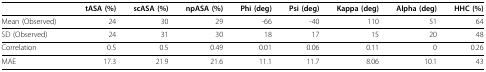
<table><thead><tr><td></td><td><b>tASA (%)</b></td><td><b>scASA (%)</b></td><td><b>npASA (%)</b></td><td><b>Phi (deg)</b></td><td><b>Psi (deg)</b></td><td><b>Kappa (deg)</b></td><td><b>Alpha (deg)</b></td><td><b>HHC (%)</b></td></tr></thead><tbody><tr><td>Mean (Observed)</td><td>24</td><td>30</td><td>29</td><td>-66</td><td>-40</td><td>110</td><td>51</td><td>64</td></tr><tr><td>SD (Observed)</td><td>24</td><td>31</td><td>30</td><td>18</td><td>17</td><td>15</td><td>20</td><td>48</td></tr><tr><td>Correlation</td><td>0.5</td><td>0.5</td><td>0.49</td><td>0.01</td><td>0.06</td><td>0.11</td><td>0</td><td>0.26</td></tr><tr><td>MAE</td><td>17.3</td><td>21.9</td><td>21.6</td><td>11.1</td><td>11.7</td><td>8.06</td><td>10.1</td><td>43</td></tr></tbody></table>